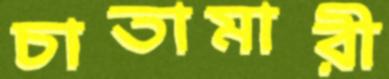
চাতামারী